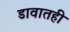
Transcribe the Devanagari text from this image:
डावातही